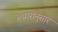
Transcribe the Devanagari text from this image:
उच्चारांनुसार